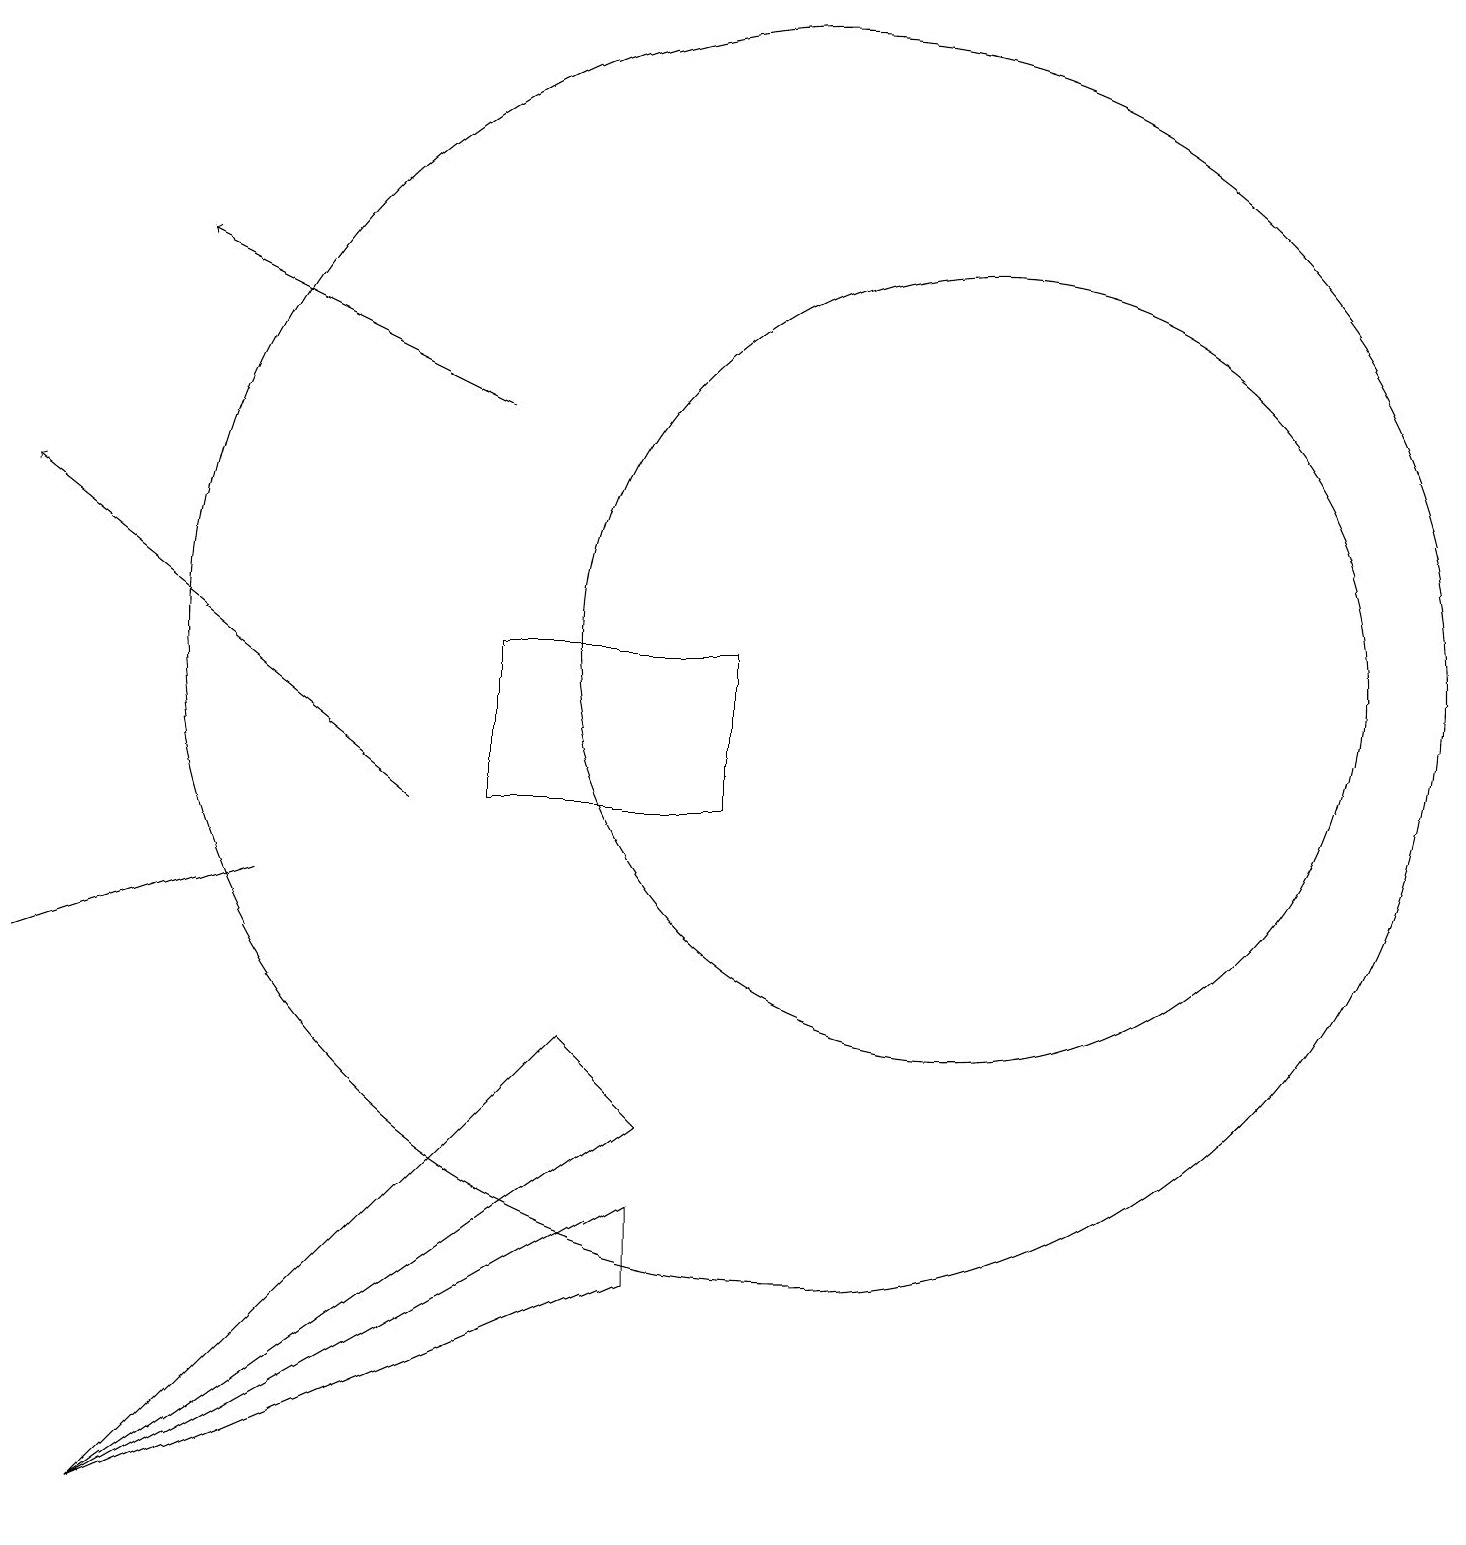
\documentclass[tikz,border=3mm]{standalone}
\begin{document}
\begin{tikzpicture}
\draw (12,12) circle (5);
\draw (8,6) -- (7,7) -- (1,1) -- cycle;
\draw (6,10) rectangle (9,12);
\draw (3,9) -- (0,8) -- (3,9) -- cycle;
\draw[->] (5,10) -- (0,14);
\draw (10,12) circle (8);
\draw[->] (6,15) -- (2,17);
\draw (1,1) -- (8,5) -- (8,4) -- cycle;
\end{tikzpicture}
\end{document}